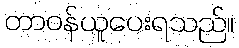
တာဝန်ယူပေးရသည်။